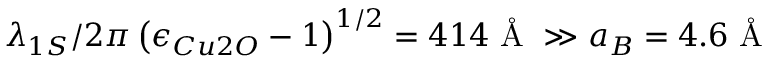
\lambda _ { 1 S } / 2 \pi \left( { \epsilon _ { C u 2 O } - 1 } \right) ^ { 1 / 2 } = 4 1 4 \mathrm { ~ \AA ~ } \gg a _ { B } = 4 . 6 \mathrm { ~ \AA ~ }